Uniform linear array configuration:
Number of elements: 32
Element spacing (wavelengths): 1
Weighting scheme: exponential
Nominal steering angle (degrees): -60
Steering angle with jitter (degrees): -59.811
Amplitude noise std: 0.05
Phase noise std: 0.05

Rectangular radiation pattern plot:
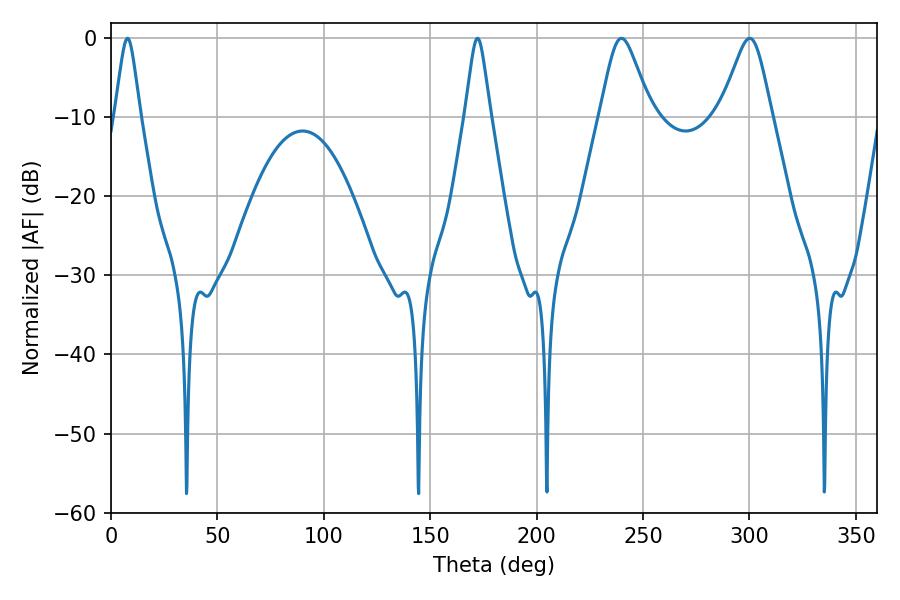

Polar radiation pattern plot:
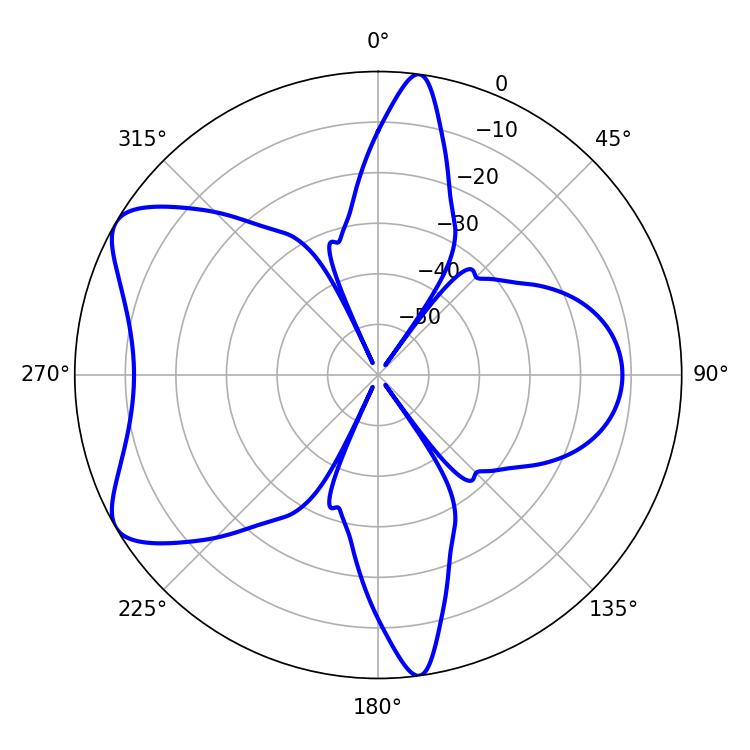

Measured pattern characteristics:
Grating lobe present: TRUE
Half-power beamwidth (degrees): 5.76
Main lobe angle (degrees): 7.74